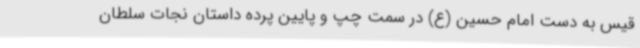
قیس به دست امام حسین (ع) در سمت چپ و پایین پرده داستان نجات سلطان